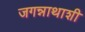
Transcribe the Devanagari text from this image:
जगन्नाथाशी